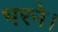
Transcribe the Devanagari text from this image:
भरने।